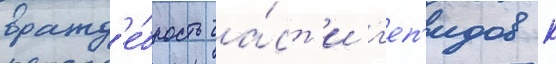
вражд'е́бность ча́ст'и г'еп'идов к